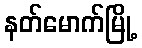
နတ်မောက်မြို့